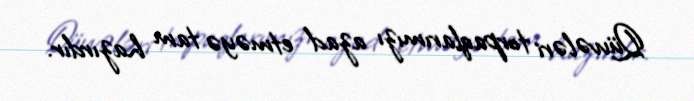
Qüvvələri torpaqlarımızı azad etməyə tam hazırdır.